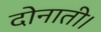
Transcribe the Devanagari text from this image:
दोनाती।